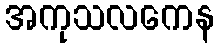
အကုသလကေန